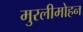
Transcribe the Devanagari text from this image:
मुरलीमोहन